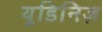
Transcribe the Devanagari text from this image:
यूडिनिज़